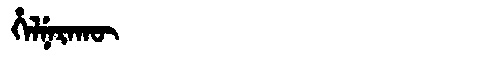
Manchu: ᡥᡝᠯᠨᡝᡵᠠᡴᡡ
Romanization: HELNERAKŪ